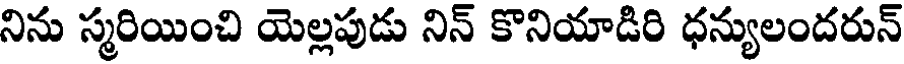
నిను స్మరియించి యెల్లపుడు నిన్ కొనియాడిరి ధన్యులందరున్